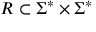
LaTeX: R \subset \Sigma ^ { * } \times \Sigma ^ { * }